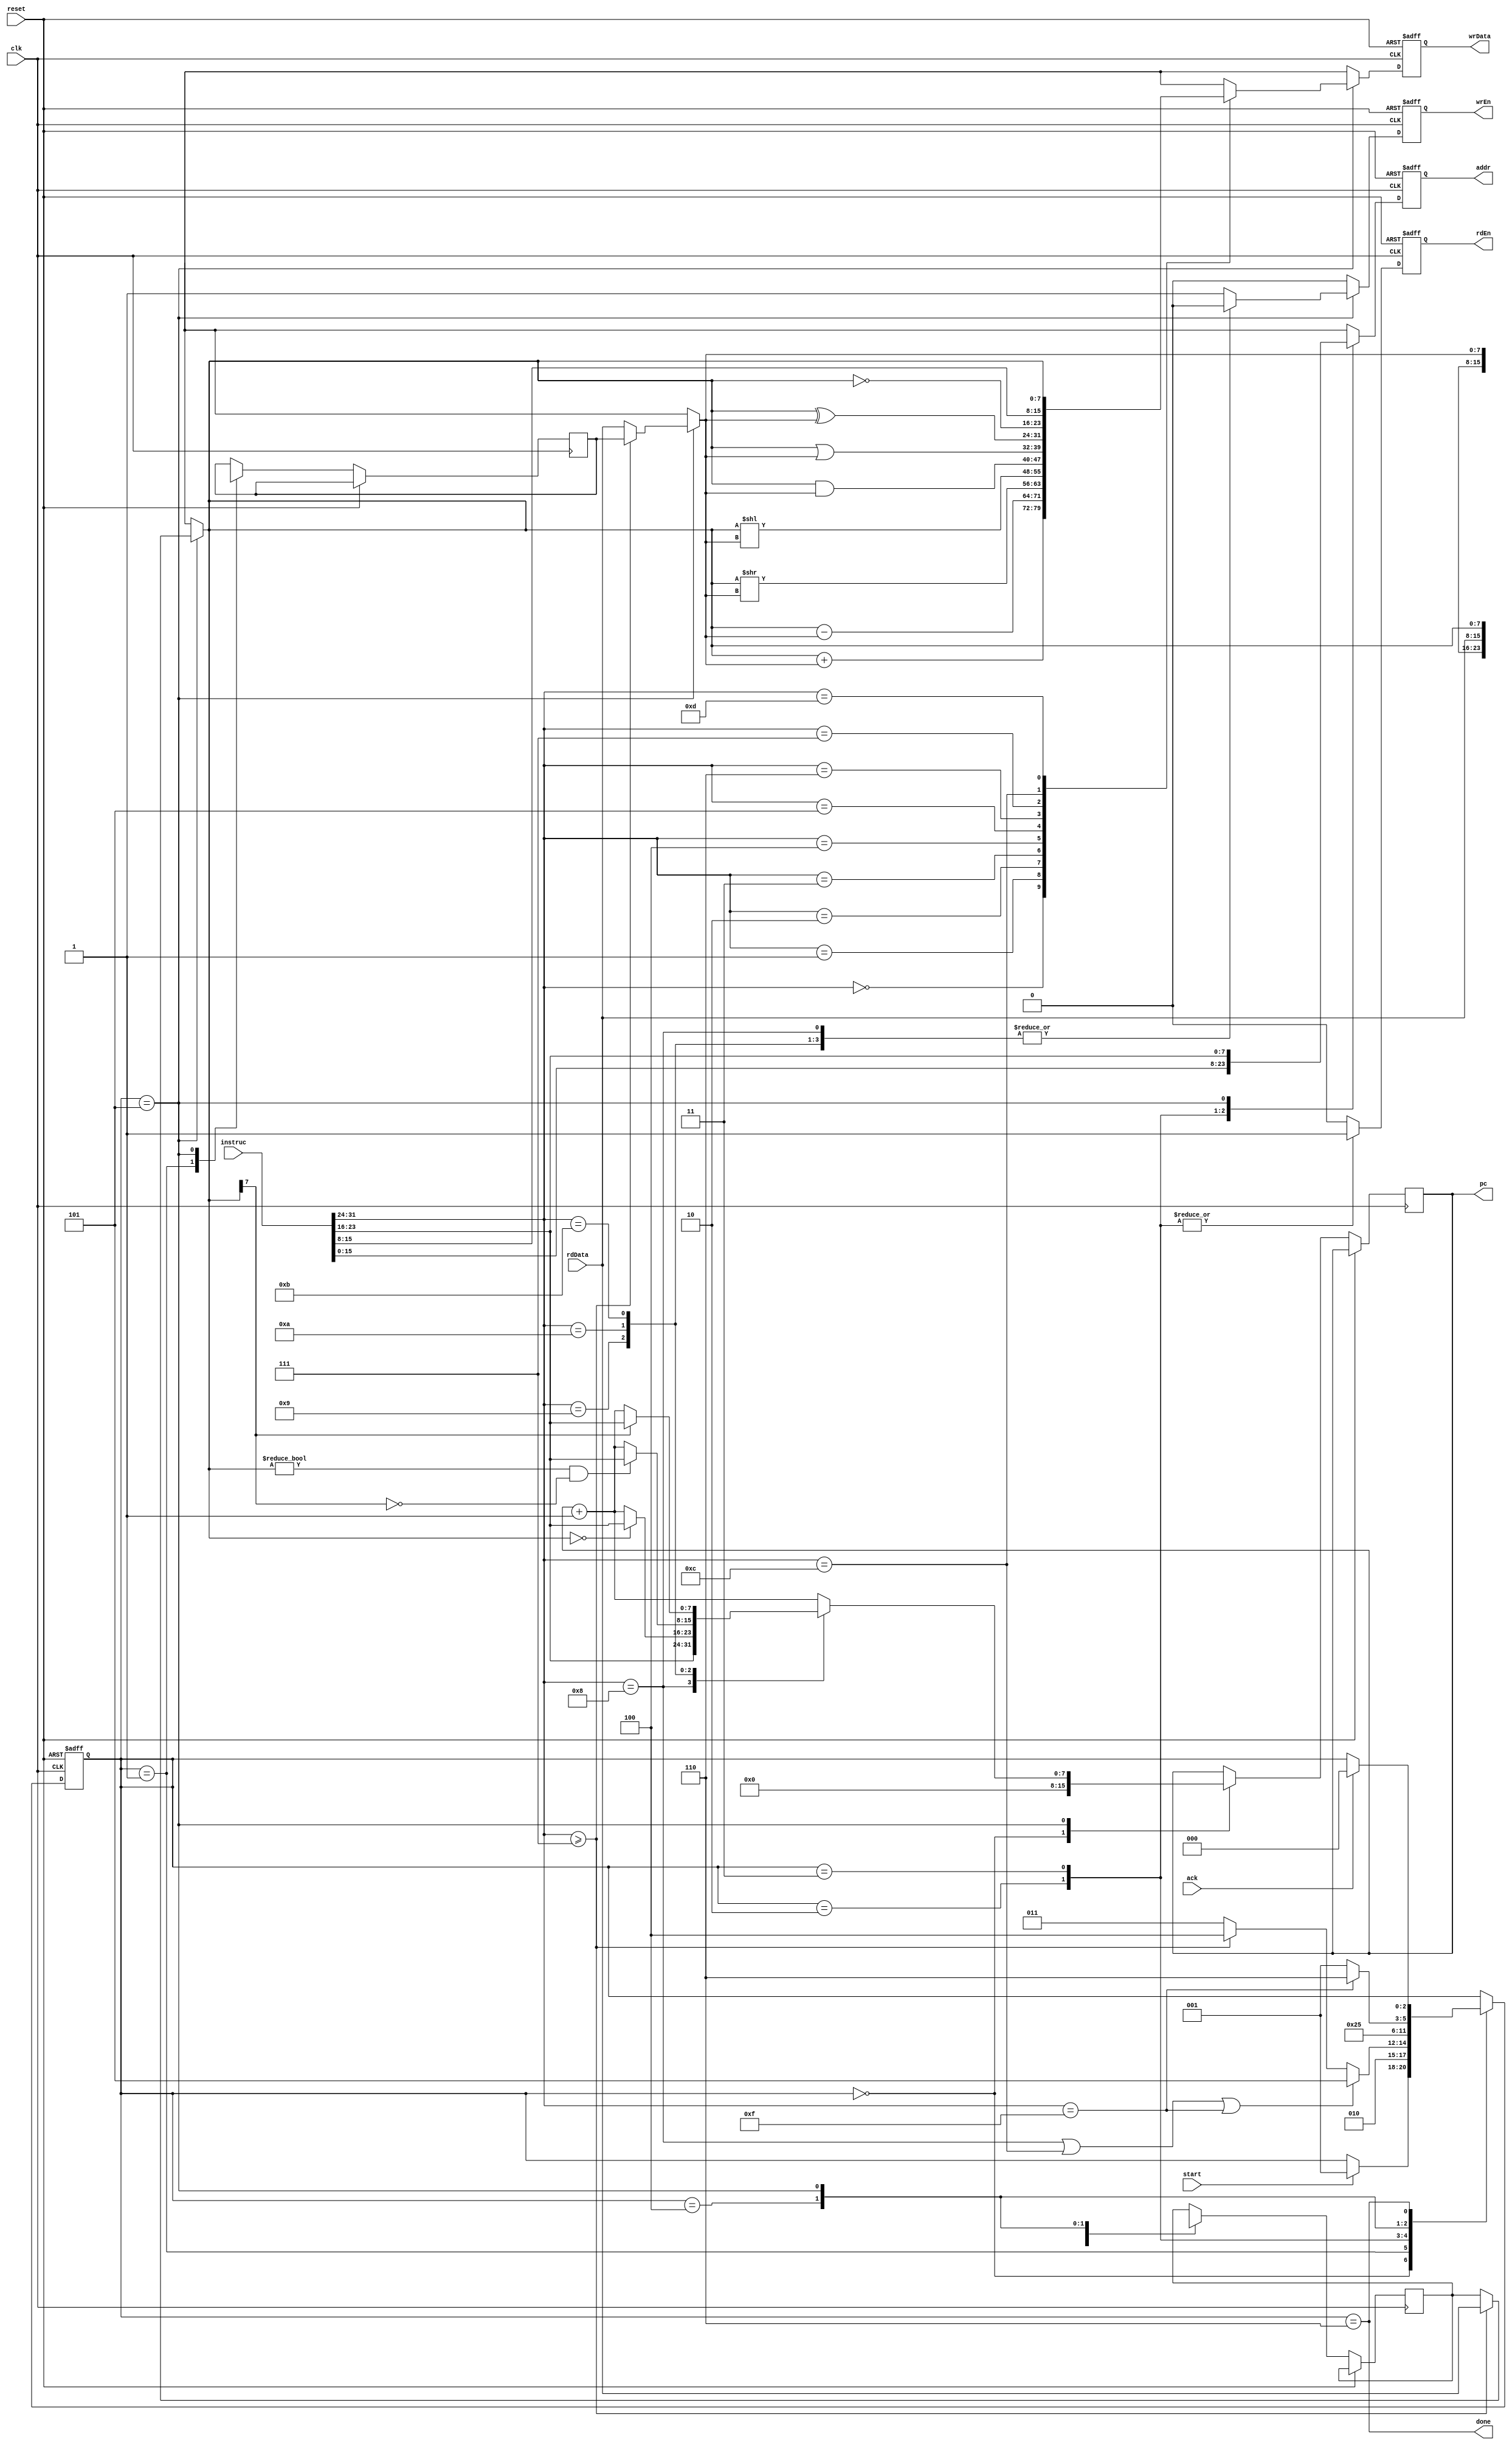
// Copyright (c) 2013 Andrew Downing
// Permission is hereby granted, free of charge, to any person obtaining a copy of this software and associated documentation files (the "Software"), to deal in the Software without restriction, including without limitation the rights to use, copy, modify, merge, publish, distribute, sublicense, and/or sell copies of the Software, and to permit persons to whom the Software is furnished to do so, subject to the following conditions:
// The above copyright notice and this permission notice shall be included in all copies or substantial portions of the Software.
// THE SOFTWARE IS PROVIDED "AS IS", WITHOUT WARRANTY OF ANY KIND, EXPRESS OR IMPLIED, INCLUDING BUT NOT LIMITED TO THE WARRANTIES OF MERCHANTABILITY, FITNESS FOR A PARTICULAR PURPOSE AND NONINFRINGEMENT. IN NO EVENT SHALL THE AUTHORS OR COPYRIGHT HOLDERS BE LIABLE FOR ANY CLAIM, DAMAGES OR OTHER LIABILITY, WHETHER IN AN ACTION OF CONTRACT, TORT OR OTHERWISE, ARISING FROM, OUT OF OR IN CONNECTION WITH THE SOFTWARE OR THE USE OR OTHER DEALINGS IN THE SOFTWARE.

// Executes a series of instructions. The individual instructions and data are passed in as inputs.
// The instruction and data memories are stored separately because
//   I mistakenly thought that only 1 element of a packed array may be read or written in a single clock.
//   If I didn't have that misconception, the design could have been simpler.
module Operate
  (clk, reset, start, ack, instruc, rdData,
   rdEn, wrEn, addr, wrData, pc, done);
  
  // constants
  localparam INSTRUC_SIZE = 32, ARG_SIZE = 8, DATA_SIZE = 8,
             OP_ADD = 8'h0, OP_SUB = 8'h1, OP_RSHIFT = 8'h2, OP_LSHIFT = 8'h3,
             OP_AND = 8'h4, OP_OR = 8'h5, OP_XOR = 8'h6, OP_INV = 8'h7,
             OP_JMP = 8'h8, OP_JEQ0 = 8'h9, OP_JGT0 = 8'hA, OP_JLT0 = 8'hB,
             OP_LDC = 8'hC, OP_COPY = 8'hD, OP_HALT = 8'hF,
             INIT = 3'd0, FETCH = 3'd1, RD_DATA2 = 3'd2, RD_DATA3 = 3'd3, RD_DATA_FINISH = 3'd4, OPERATE = 3'd5, DONE = 3'd6;
  
  // inputs
  input clk, reset, start, ack;
  input [(INSTRUC_SIZE - 1) : 0] instruc;
  input [(DATA_SIZE - 1) : 0] rdData;
  
  // outputs
  output reg rdEn; // data read enable
  output reg wrEn; // data write enable
  output reg [(ARG_SIZE - 1) : 0] addr; // data read/write address
  output reg [(DATA_SIZE - 1) : 0] wrData; // data write value
  output reg [(ARG_SIZE - 1) : 0] pc; // program counter
  output wire done;
  
  reg [2:0] state;
  
  assign done = (state == DONE);
  
  always @(posedge clk, posedge reset)
  begin
    // set default outputs
    rdEn <= 1'b0;
    wrEn <= 1'b0;
    addr <= 8'bx;
    wrData <= 8'bx;
    if (reset)
    begin
      state <= INIT;
    end
    else
    begin : OPERATE_BLOCK
      // extract op code and arguments
      reg [(ARG_SIZE - 1) : 0] opCode, arg1, arg2, arg3;
      reg [(DATA_SIZE - 1) : 0] argData2, argData3; // data corresponding to args 2 and 3
      opCode = instruc[31:24];
      arg1 = instruc[23:16];
      arg2 = instruc[15:8];
      arg3 = instruc[7:0];
      case (state)
        INIT:
        begin
          if (start) state <= FETCH;
          pc <= 1'b0;
        end
        FETCH:
        begin
          state <= RD_DATA2;
          argData2 <= 8'bx;
          argData3 <= 8'bx;
        end
        RD_DATA2:
        begin
          if (opCode == OP_JMP || opCode == OP_LDC || opCode == OP_HALT)
            state <= OPERATE;
          else if (opCode >= OP_INV)
            state <= RD_DATA_FINISH;
          else
            state <= RD_DATA3;
          rdEn <= 1'b1;
          addr <= arg2;
        end
        RD_DATA3:
        begin
          state <= RD_DATA_FINISH;
          rdEn <= 1'b1;
          addr <= arg3;
        end
        RD_DATA_FINISH:
        begin
          state <= OPERATE;
          argData2 = rdData;
        end
        OPERATE:
        begin
          state <= FETCH;
          if (opCode >= OP_INV)
            argData2 = rdData;
          else
            argData3 = rdData;
          wrEn <= 1'b1;
          addr <= arg1;
          wrData <= 8'bx;
          pc <= pc + 1'b1;
          case (opCode)
            OP_ADD:
            begin
              wrData <= argData2 + argData3;
            end
            OP_SUB:
            begin
              wrData <= argData2 - argData3;
            end
            OP_RSHIFT:
            begin
              wrData <= argData2 >> argData3;
            end
            OP_LSHIFT:
            begin
              wrData <= argData2 << argData3;
            end
            OP_AND:
            begin
              wrData <= argData2 & argData3;
            end
            OP_OR:
            begin
              wrData <= argData2 | argData3;
            end
            OP_XOR:
            begin
              wrData <= argData2 ^ argData3;
            end
            OP_INV:
            begin
              wrData <= ~argData2;
            end
            OP_JMP:
            begin
              wrEn <= 1'b0;
              pc <= arg1;
            end
            OP_JEQ0:
            begin
              wrEn <= 1'b0;
              if (argData2 == 0) pc <= arg1;
            end
            OP_JGT0:
            begin
              wrEn <= 1'b0;
              if (argData2 != 0 && argData2[DATA_SIZE - 1] == 1'b0) pc <= arg1;
            end
            OP_JLT0:
            begin
              wrEn <= 1'b0;
              if (argData2[DATA_SIZE - 1] == 1'b1) pc <= arg1;
            end
            OP_LDC:
            begin
              wrData <= arg2;
            end
            OP_COPY:
            begin
              wrData <= argData2;
            end
            OP_HALT:
            begin
              state <= DONE;
            end
          endcase
        end
        DONE:
        begin
          if (ack) state <= INIT;
        end
      endcase
    end
  end
endmodule